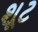
શૂટ